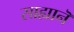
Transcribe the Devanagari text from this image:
साह्यानॆ